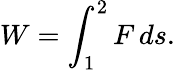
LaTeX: W=\int_{1}^{2}F\, ds.